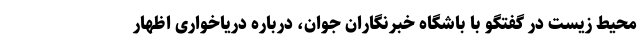
محیط زیست در گفتگو با باشگاه خبرنگاران جوان، درباره دریاخواری اظهار